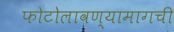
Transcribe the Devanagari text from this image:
फोटोलावण्यामागची